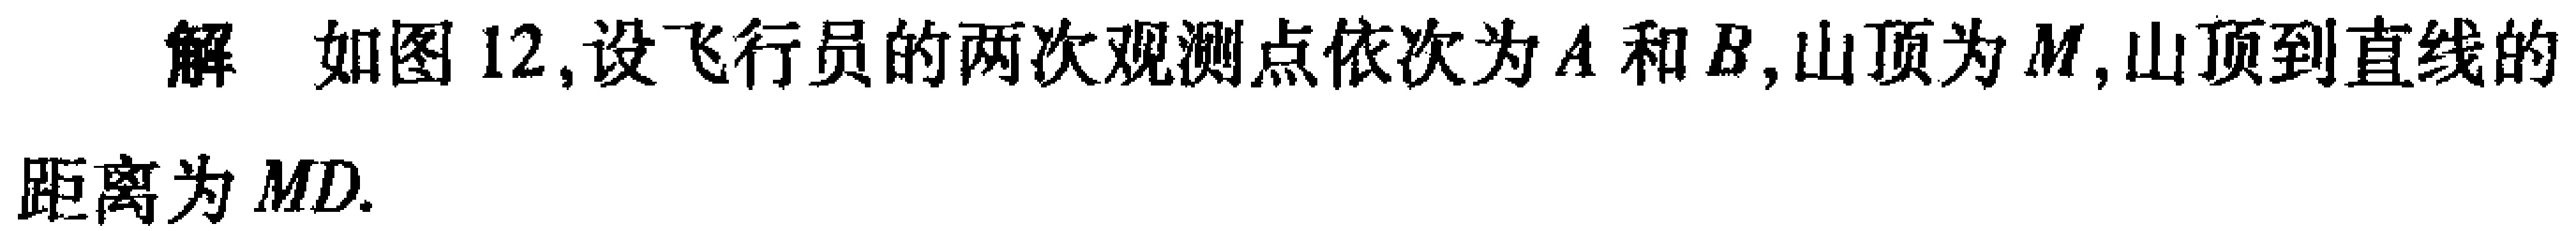
解 如图12,设飞行员的两次观测点依次为\(A\)和\(B\),山顶为\(M\),山顶到直线的距离为\(MD\).